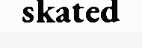
skated